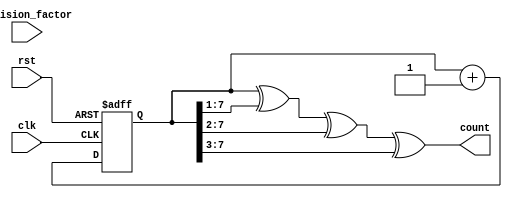
module gray_counter_clock_divider #(parameter WIDTH = 8) (
    input wire clk,
    input wire rst,
    input wire [WIDTH-1:0] division_factor,
    output wire [WIDTH-1:0] count
);

reg [WIDTH-1:0] gray_count;

always @(posedge clk or posedge rst) begin
    if (rst) begin
        gray_count <= 0;
    end else begin
        gray_count <= gray_count + 1;
    end
end

assign count = gray_count ^ (gray_count >> 1) ^ (gray_count >> 2) ^ (gray_count >> 3);

endmodule